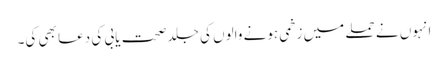
انہوں نے حملے میں زخمی ہونے والوں کی جلد صحت یابی کی دعا بھی کی۔